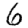
Digit: 6